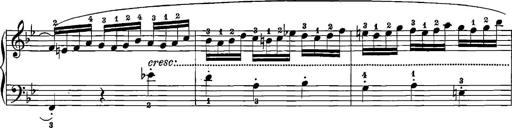
Title: 12 Sonatinas
Composer: Ignaz Pleyel